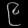
Digit: ၉